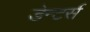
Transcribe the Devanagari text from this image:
डेन्टर्स